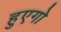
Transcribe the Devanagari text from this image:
हुएगो